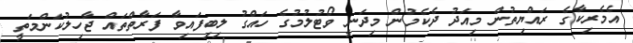
އެމެރިކާގެ ރައްޔިތުން މިއަދު ދެކެމުން މިދަނީ ވޯޓުލުމުގެ ހައްގު ލިބިފައިވާ ފަރާތްތައް ޖާހިލުކަންމަތީ